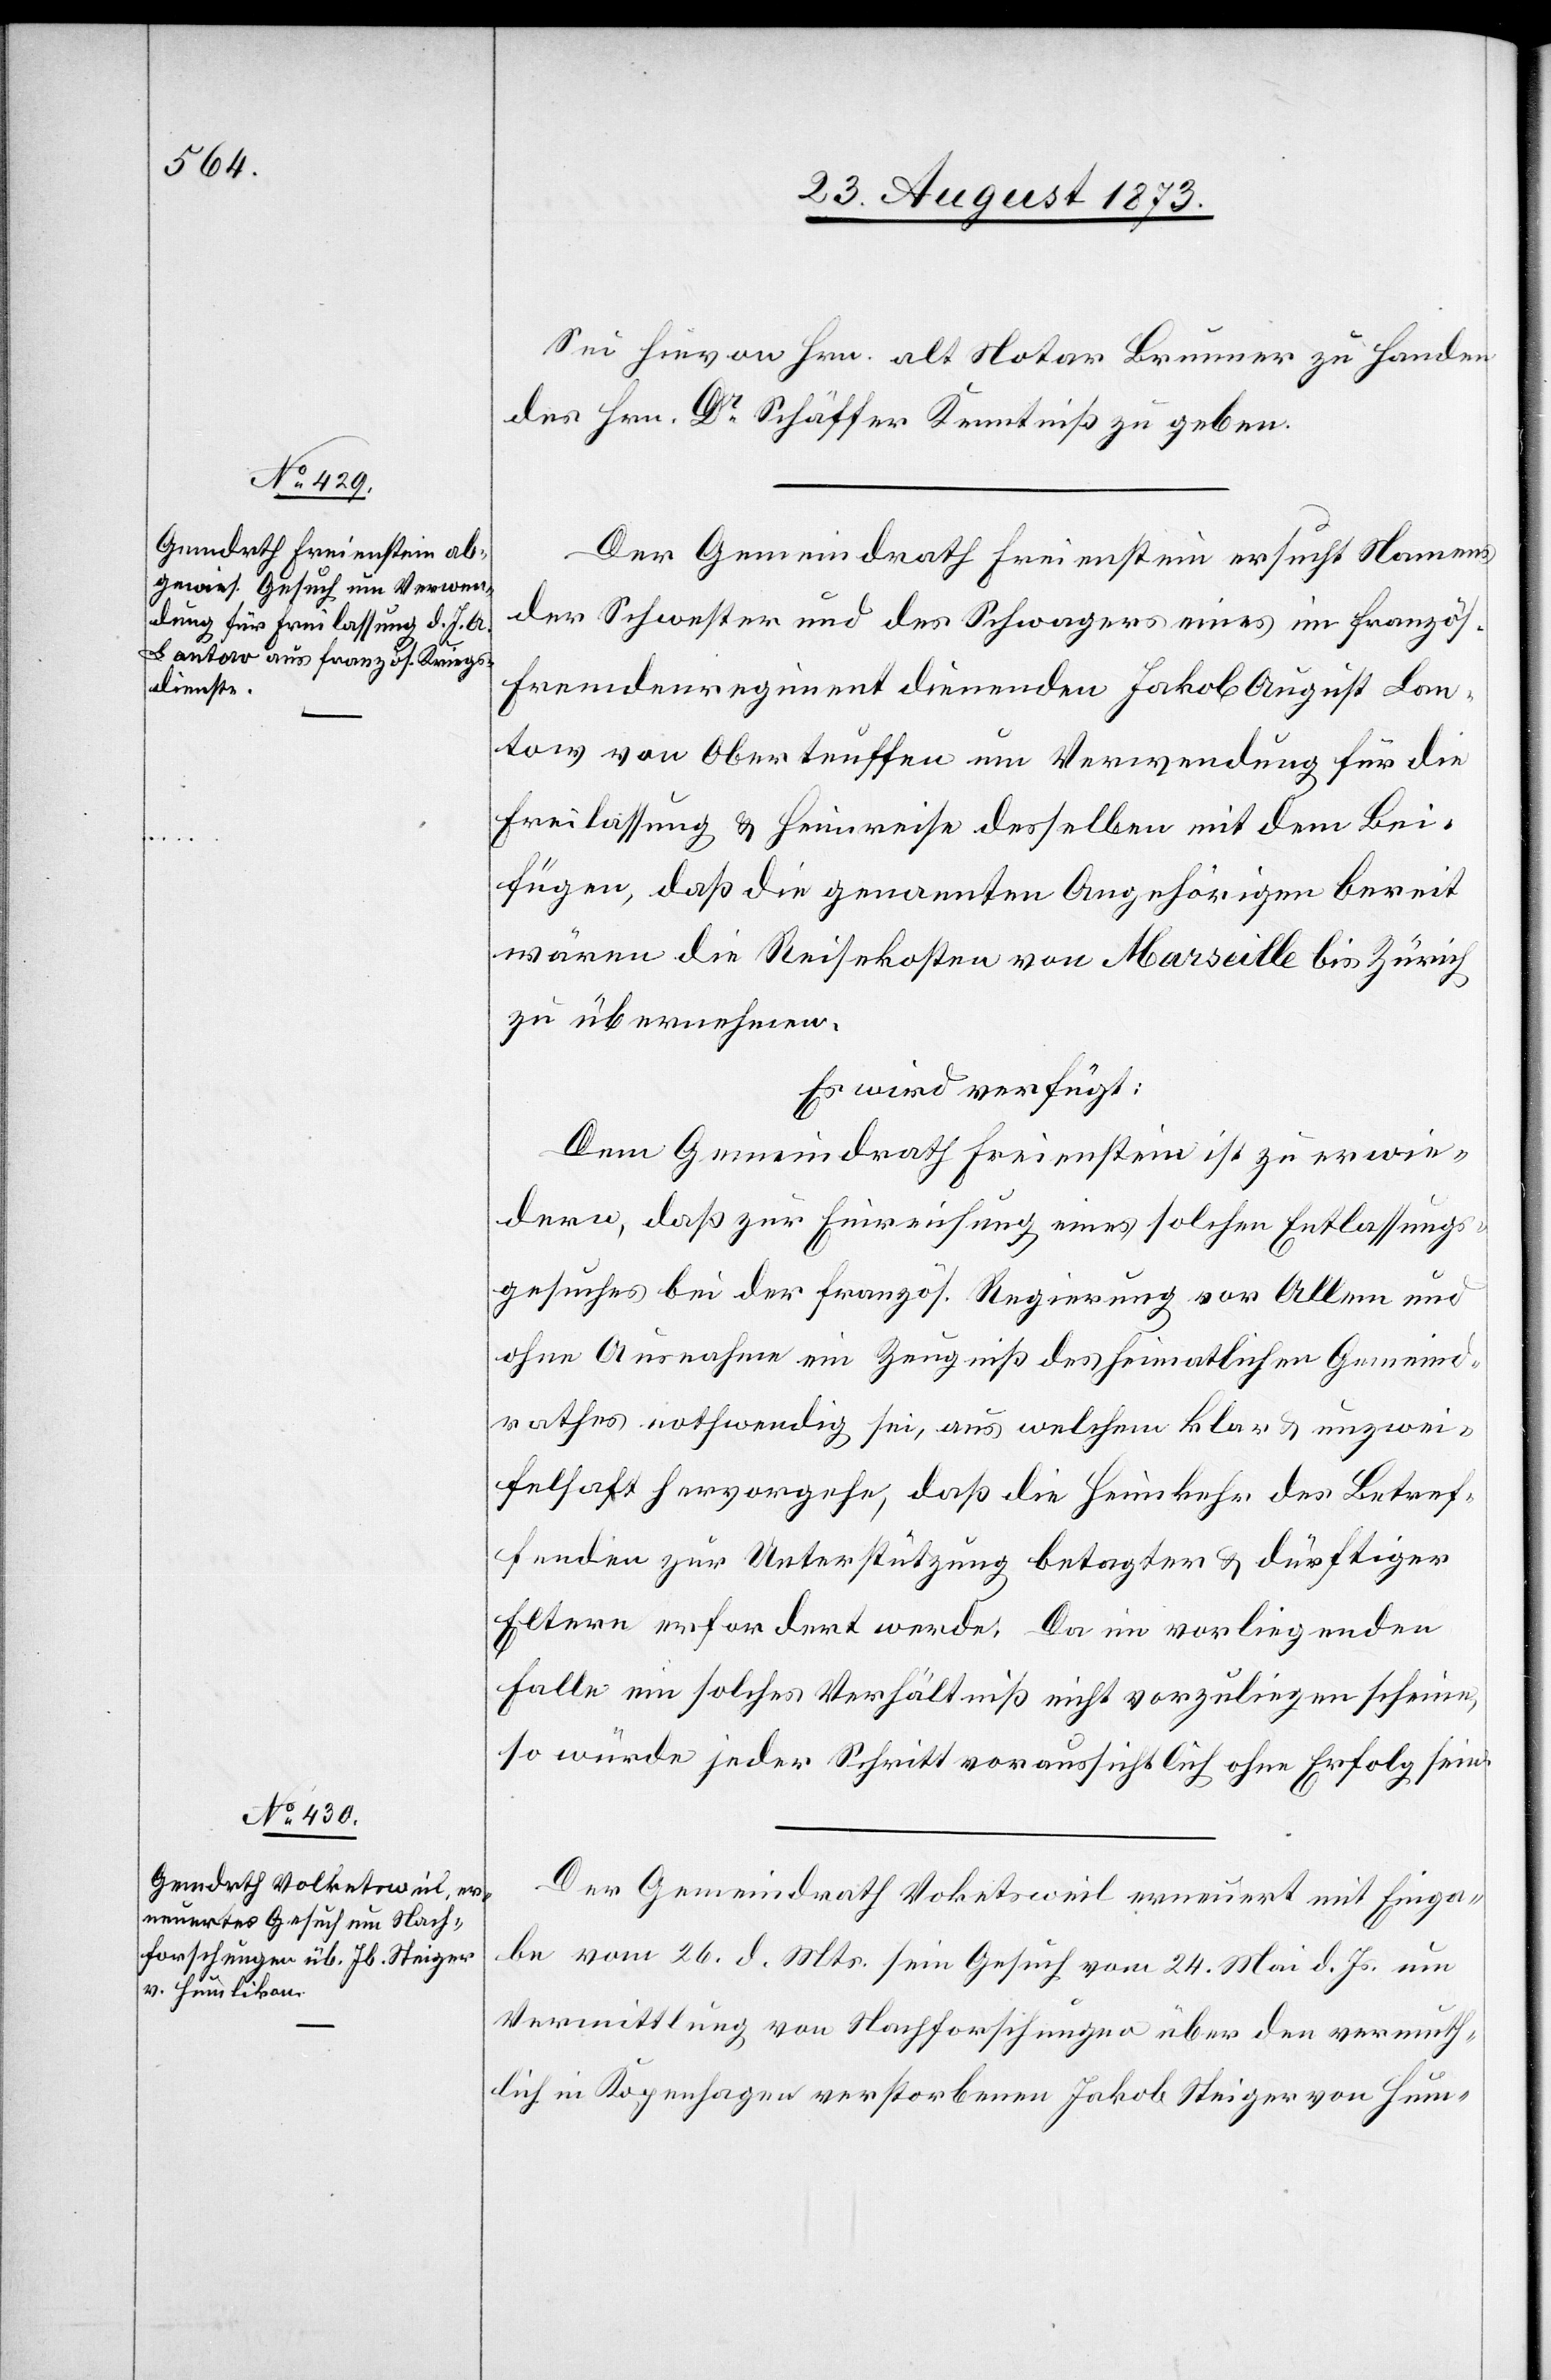
27. August 1873.]
Sei hievon Hrn. alt Notar Brunner zu Handen
des Hrn. Dr Schäffer Kenntniß zu geben.
Der Gemeindrath Freienstein ersucht Namens
der Schwester und des Schwagers eines im französ.
Fremdenregiment dienenden Jakob August Lan¬
tow von Oberteuffen um Verwendung für die
Freilassung & Heimreise desselben mit dem Bei¬
fügen, daß die genannten Angehörigen bereit
wären die Reisekosten von Marseille bis Zürich
zu übernehmen.
Es wird verfügt:
Dem Gemeindrath Freienstein ist zu erwie¬
dern, daß zur Einreichung eines solchen Entlassungs¬
gesuches bei der französ. Regierung vor Allem und
ohne Ausnahme ein Zeugniß des heimatlichen Gemeind¬
rathes nothwendig sei, aus welchem klar & unzwei¬
felhaft hervorgehe, daß die Heimkehr des Betref¬
fenden zur Unterstützung betagter & dürftiger
Eltern erfordert werde. Da im vorliegenden
Falle ein solches Verhältniß nicht vorzuliegen scheine,
so würde jeder Schritt voraussichtlich ohne Erfolg sein.
Der Gemeindrath Volketsweil erneuert mit Einga¬
be vom 26. d. Mts. sein Gesuch vom 24. Mai d. Js. um
Vermittlung von Nachforschungen über den vermuth¬
lich in Kopenhagen verstorbenen Jakob Steiger von Hum-